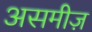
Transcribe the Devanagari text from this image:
असमीज़